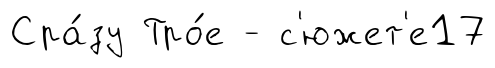
Сра́зу Тро́е - с'южет'е17